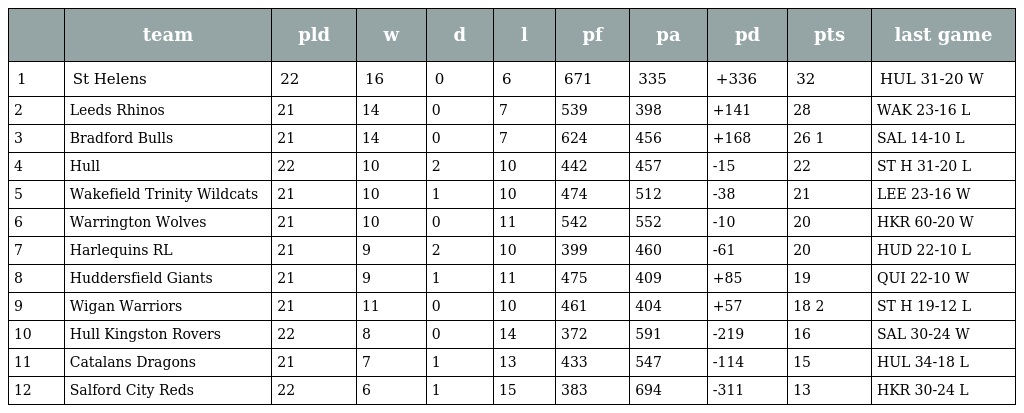
|  | team | pld | w | d | l | pf | pa | pd | pts | last game |
 | --- | --- | --- | --- | --- | --- | --- | --- | --- | --- | --- |
 | 1 | St Helens | 22 | 16 | 0 | 6 | 671 | 335 | +336 | 32 | HUL 31-20 W |
 | 2 | Leeds Rhinos | 21 | 14 | 0 | 7 | 539 | 398 | +141 | 28 | WAK 23-16 L |
 | 3 | Bradford Bulls | 21 | 14 | 0 | 7 | 624 | 456 | +168 | 26 1 | SAL 14-10 L |
 | 4 | Hull | 22 | 10 | 2 | 10 | 442 | 457 | -15 | 22 | ST H 31-20 L |
 | 5 | Wakefield Trinity Wildcats | 21 | 10 | 1 | 10 | 474 | 512 | -38 | 21 | LEE 23-16 W |
 | 6 | Warrington Wolves | 21 | 10 | 0 | 11 | 542 | 552 | -10 | 20 | HKR 60-20 W |
 | 7 | Harlequins RL | 21 | 9 | 2 | 10 | 399 | 460 | -61 | 20 | HUD 22-10 L |
 | 8 | Huddersfield Giants | 21 | 9 | 1 | 11 | 475 | 409 | +85 | 19 | QUI 22-10 W |
 | 9 | Wigan Warriors | 21 | 11 | 0 | 10 | 461 | 404 | +57 | 18 2 | ST H 19-12 L |
 | 10 | Hull Kingston Rovers | 22 | 8 | 0 | 14 | 372 | 591 | -219 | 16 | SAL 30-24 W |
 | 11 | Catalans Dragons | 21 | 7 | 1 | 13 | 433 | 547 | -114 | 15 | HUL 34-18 L |
 | 12 | Salford City Reds | 22 | 6 | 1 | 15 | 383 | 694 | -311 | 13 | HKR 30-24 L |